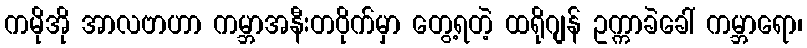
ကမိုအို အာလဗာဟာ ကမ္ဘာအနီးတဝိုက်မှာ တွေ့ရတဲ့ ထရိုဂျန် ဥက္ကာခဲခေါ် ကမ္ဘာရော၊